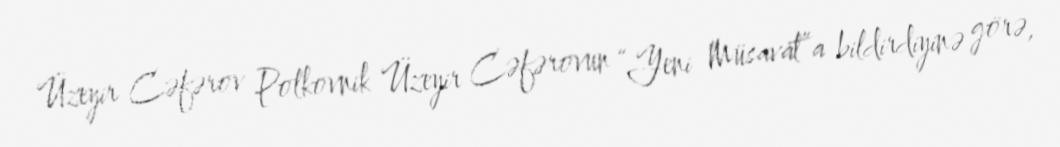
Üzeyir Cəfərov Polkovnik Üzeyir Cəfərovun “Yeni Müsavat”a bildirdiyinə görə,